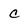
Character: c